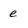
Character: e